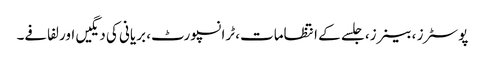
پوسٹرز ، بینرز، جلسے کے انتظامات، ٹرانسپورٹ، بریانی کی دیگیں اور لفافے۔